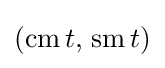
(\operatorname {cm} t,\,\operatorname {sm} t)